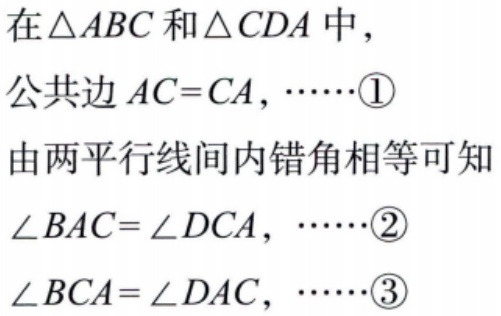
在$\triangle ABC$和$\triangle CDA$中，

公共边$AC = CA$，$\cdots\cdots$\textcircled{1}

由两平行线间内错角相等可知

$\angle BAC=\angle DCA$，$\cdots\cdots$\textcircled{2}

$\angle BCA=\angle DAC$，$\cdots\cdots$\textcircled{3}